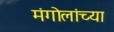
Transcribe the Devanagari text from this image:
मंगोलांच्या